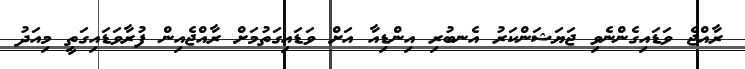
ރާއްޖެ ވަޑައިގެންނެވި ޖަޔަޝަންކަރު އެނބުރި އިންޑިއާ އަށް ވަޑައިގަތުމަށް ރާއްޖެއިން ފުރާވަޑައިގަތީ މިއަދު